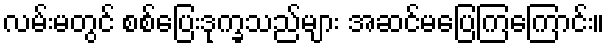
လမ်းမတွင် စစ်ပြေးဒုက္ခသည်များ အဆင်မပြေကြကြောင်း။